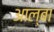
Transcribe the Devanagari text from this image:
आल्बा